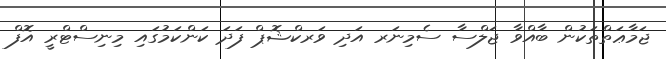
ޖަމާޢަތްތަކުން ބާއްވާ ޖަލްސާ ސެމިނަރ އަދި ވަރކްޝޮޕް ފަދަ ކަންކަމުގައި މިނިސްޓްރީ އޮފް